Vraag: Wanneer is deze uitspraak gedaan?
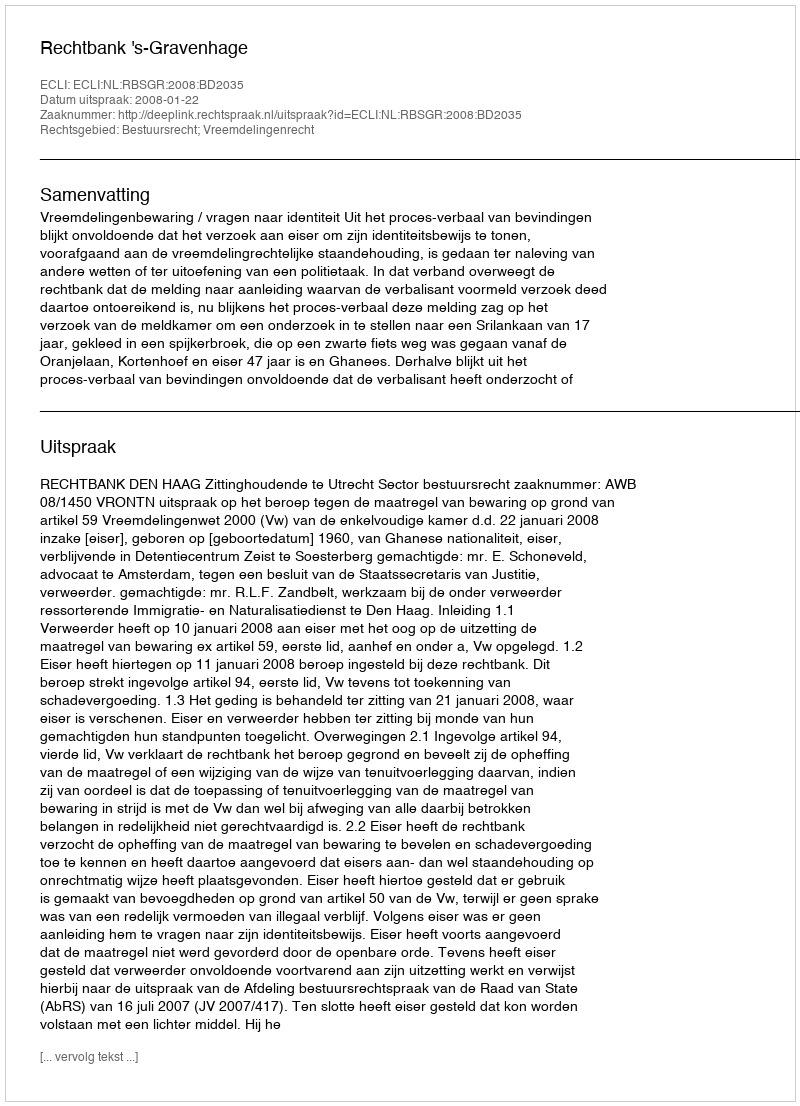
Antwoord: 2008-01-22